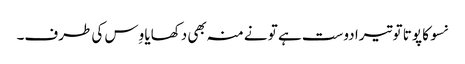
نسو کا پوتا تو تیرا دوست ہے تو نے منہ بھی دکھایا وِس کی طرف۔